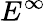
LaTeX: E^{\infty}